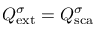
Q _ { \mathrm { { e x t } } } ^ { \sigma } = Q _ { \mathrm { { s c a } } } ^ { \sigma }